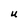
Character: u